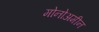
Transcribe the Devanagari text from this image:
मोनोअमीन